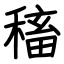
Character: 稸